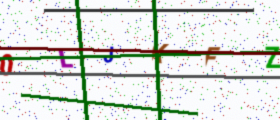
Text: 0LJKFZ